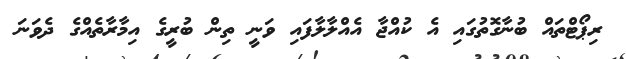
ރިޕޯޓްތައް ބުނާގޮތުގައި އެ ކުއްޖާ އެއްލާލާފައި ވަނީ ތިން ބުރީގެ އިމާރާތެއްގެ ދެވަނަ